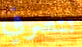
تتصرفي